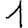
Digit: 1